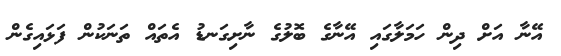
އޭނާ އަށް ދިން ހަމަލާގައި އޭނާގެ ބޮލުގެ ނާށިގަނޑު އެތައް ތަނަކުން ފަޅައިގެން